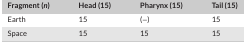
<table><thead><tr><td><b>Fragment (<i>n</i>)</b></td><td><b>Head (15)</b></td><td><b>Pharynx (15)</b></td><td><b>Tail (15)</b></td></tr></thead><tbody><tr><td>Earth</td><td>15</td><td>(−)</td><td>15</td></tr><tr><td>Space</td><td>15</td><td>15</td><td>15</td></tr></tbody></table>